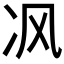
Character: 𰃶